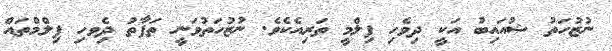
ނުޒުހަތު ޝުއައިބު އަކީ ދިވެހި ފިލްމީ ތަރިއެކެވެ. ނުޒުހަތުވަނީ ތަފާތު ދިެވހި ފިލްމްތައް